Vaccination in Bombay 1856-1862 - 1856-1862
Year: 1856
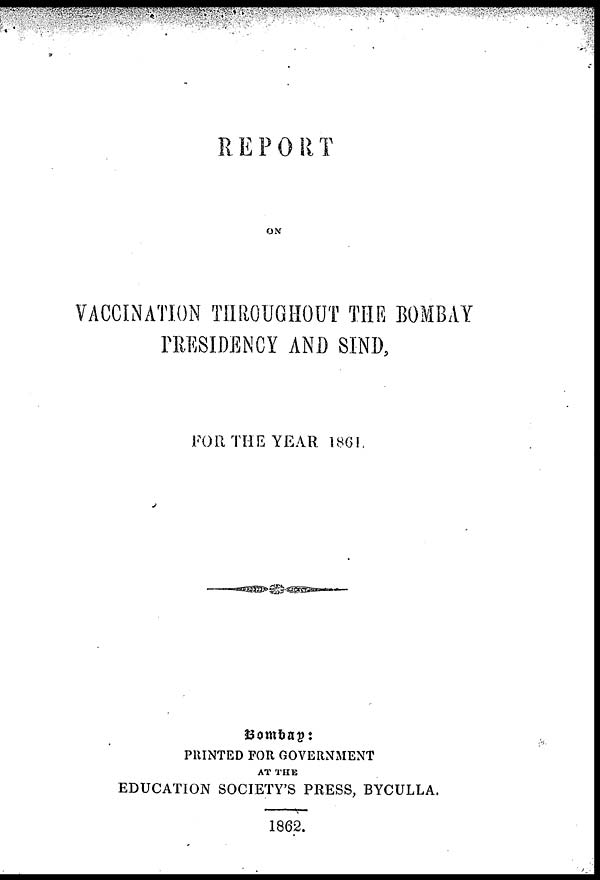
REPORT
ON
VACCINATION THROUGHOUT THE BOMBAY
PRESIDENCY AND SIND,
FOR THE YEAR 1861.
Bombay:
PRINTED FOR GOVERNMENT
AT THE
EDUCATION SOCIETY'S PRESS, BYCULLA.
1862.